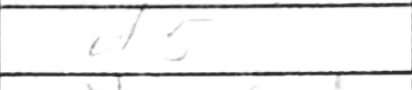
Transcription: d5